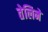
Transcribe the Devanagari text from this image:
तेलिने